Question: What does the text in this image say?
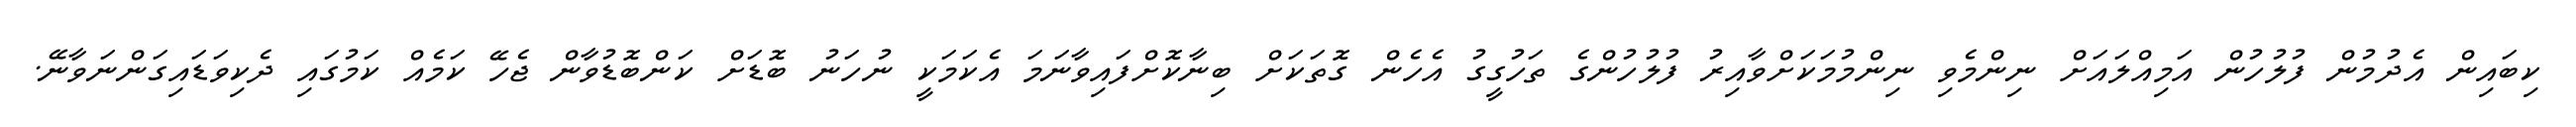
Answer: ކިބައިން އެދުމުން ފުލުހުން އަމިއްލައަށް ނިންމެވި ނިންމުމަކަށްވާއިރު ފުލުހުންގެ ތަހުގީގު އެހެން ގޮތަކަށް ބިނާކޮށްފައިވާނަމަ އެކަމަކީ ނުހަނު ބޮޑަށް ކަންބޮޑުވާން ޖެހޭ ކަމެއް ކަމުގައި ދެކިވަޑައިގަންނަވާނޭ.